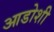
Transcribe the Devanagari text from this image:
आडोशी